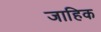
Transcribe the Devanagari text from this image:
जाहिक